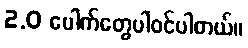
2.0 ပေါက်တွေပါ၀င်ပါတယ်။